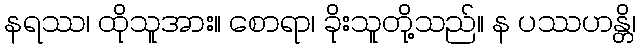
နရဿ၊ ထိုသူအား။ စောရာ၊ ခိုးသူတို့သည်။ န ပဿဟန္တိ၊